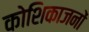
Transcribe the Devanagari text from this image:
कोशिकाजनों